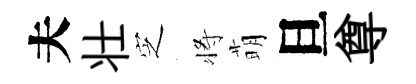
夫壮㝎将萌旦尊